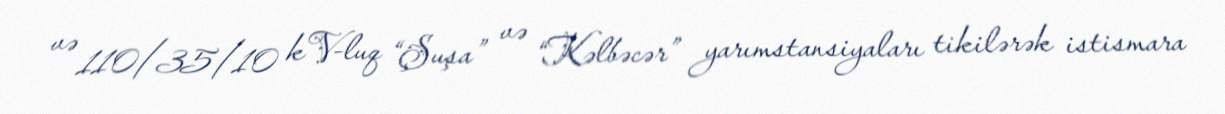
və 110/35/10 kV-luq “Şuşa” və “Kəlbəcər” yarımstansiyaları tikilərək istismara